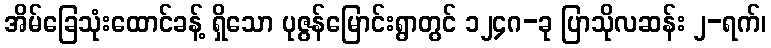
အိမ်ခြေသုံးထောင်ခန့် ရှိသော ပုဇွန်မြောင်းရွာတွင် ၁၂၄ဂ-ခု ပြာသိုလဆန်း ၂-ရက်၊